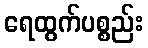
ရေထွက်ပစ္စည်း